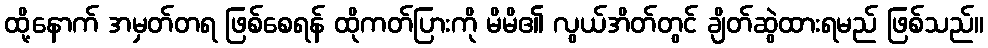
ထို့နောက် အမှတ်တရ ဖြစ်စေရန် ထိုကတ်ပြားကို မိမိ၏ လွယ်အိတ်တွင် ချိတ်ဆွဲထားရမည် ဖြစ်သည်။